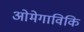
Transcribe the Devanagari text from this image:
ओमेगाविकि